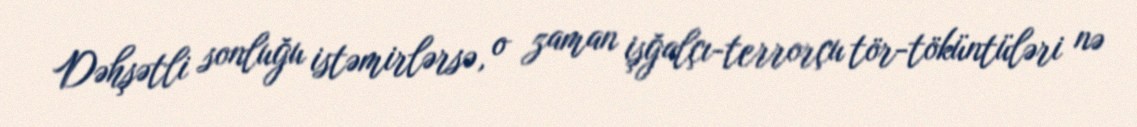
Dəhşətli sonluğu istəmirlərsə, o zaman işğalçı-terrorçu tör-töküntüləri nə